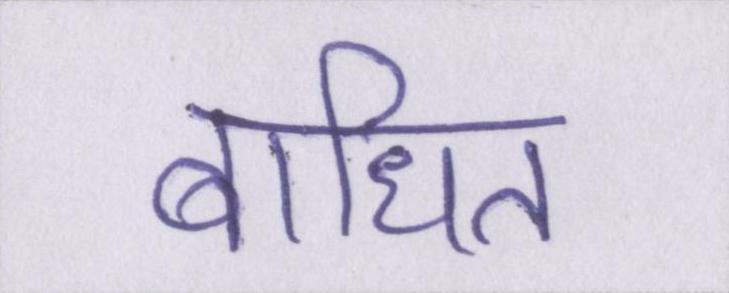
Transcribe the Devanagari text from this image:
बाधित